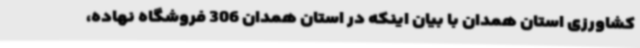
کشاورزی استان همدان با بیان اینکه در استان همدان 306 فروشگاه نهاده،